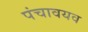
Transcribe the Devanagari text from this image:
पंचावयव